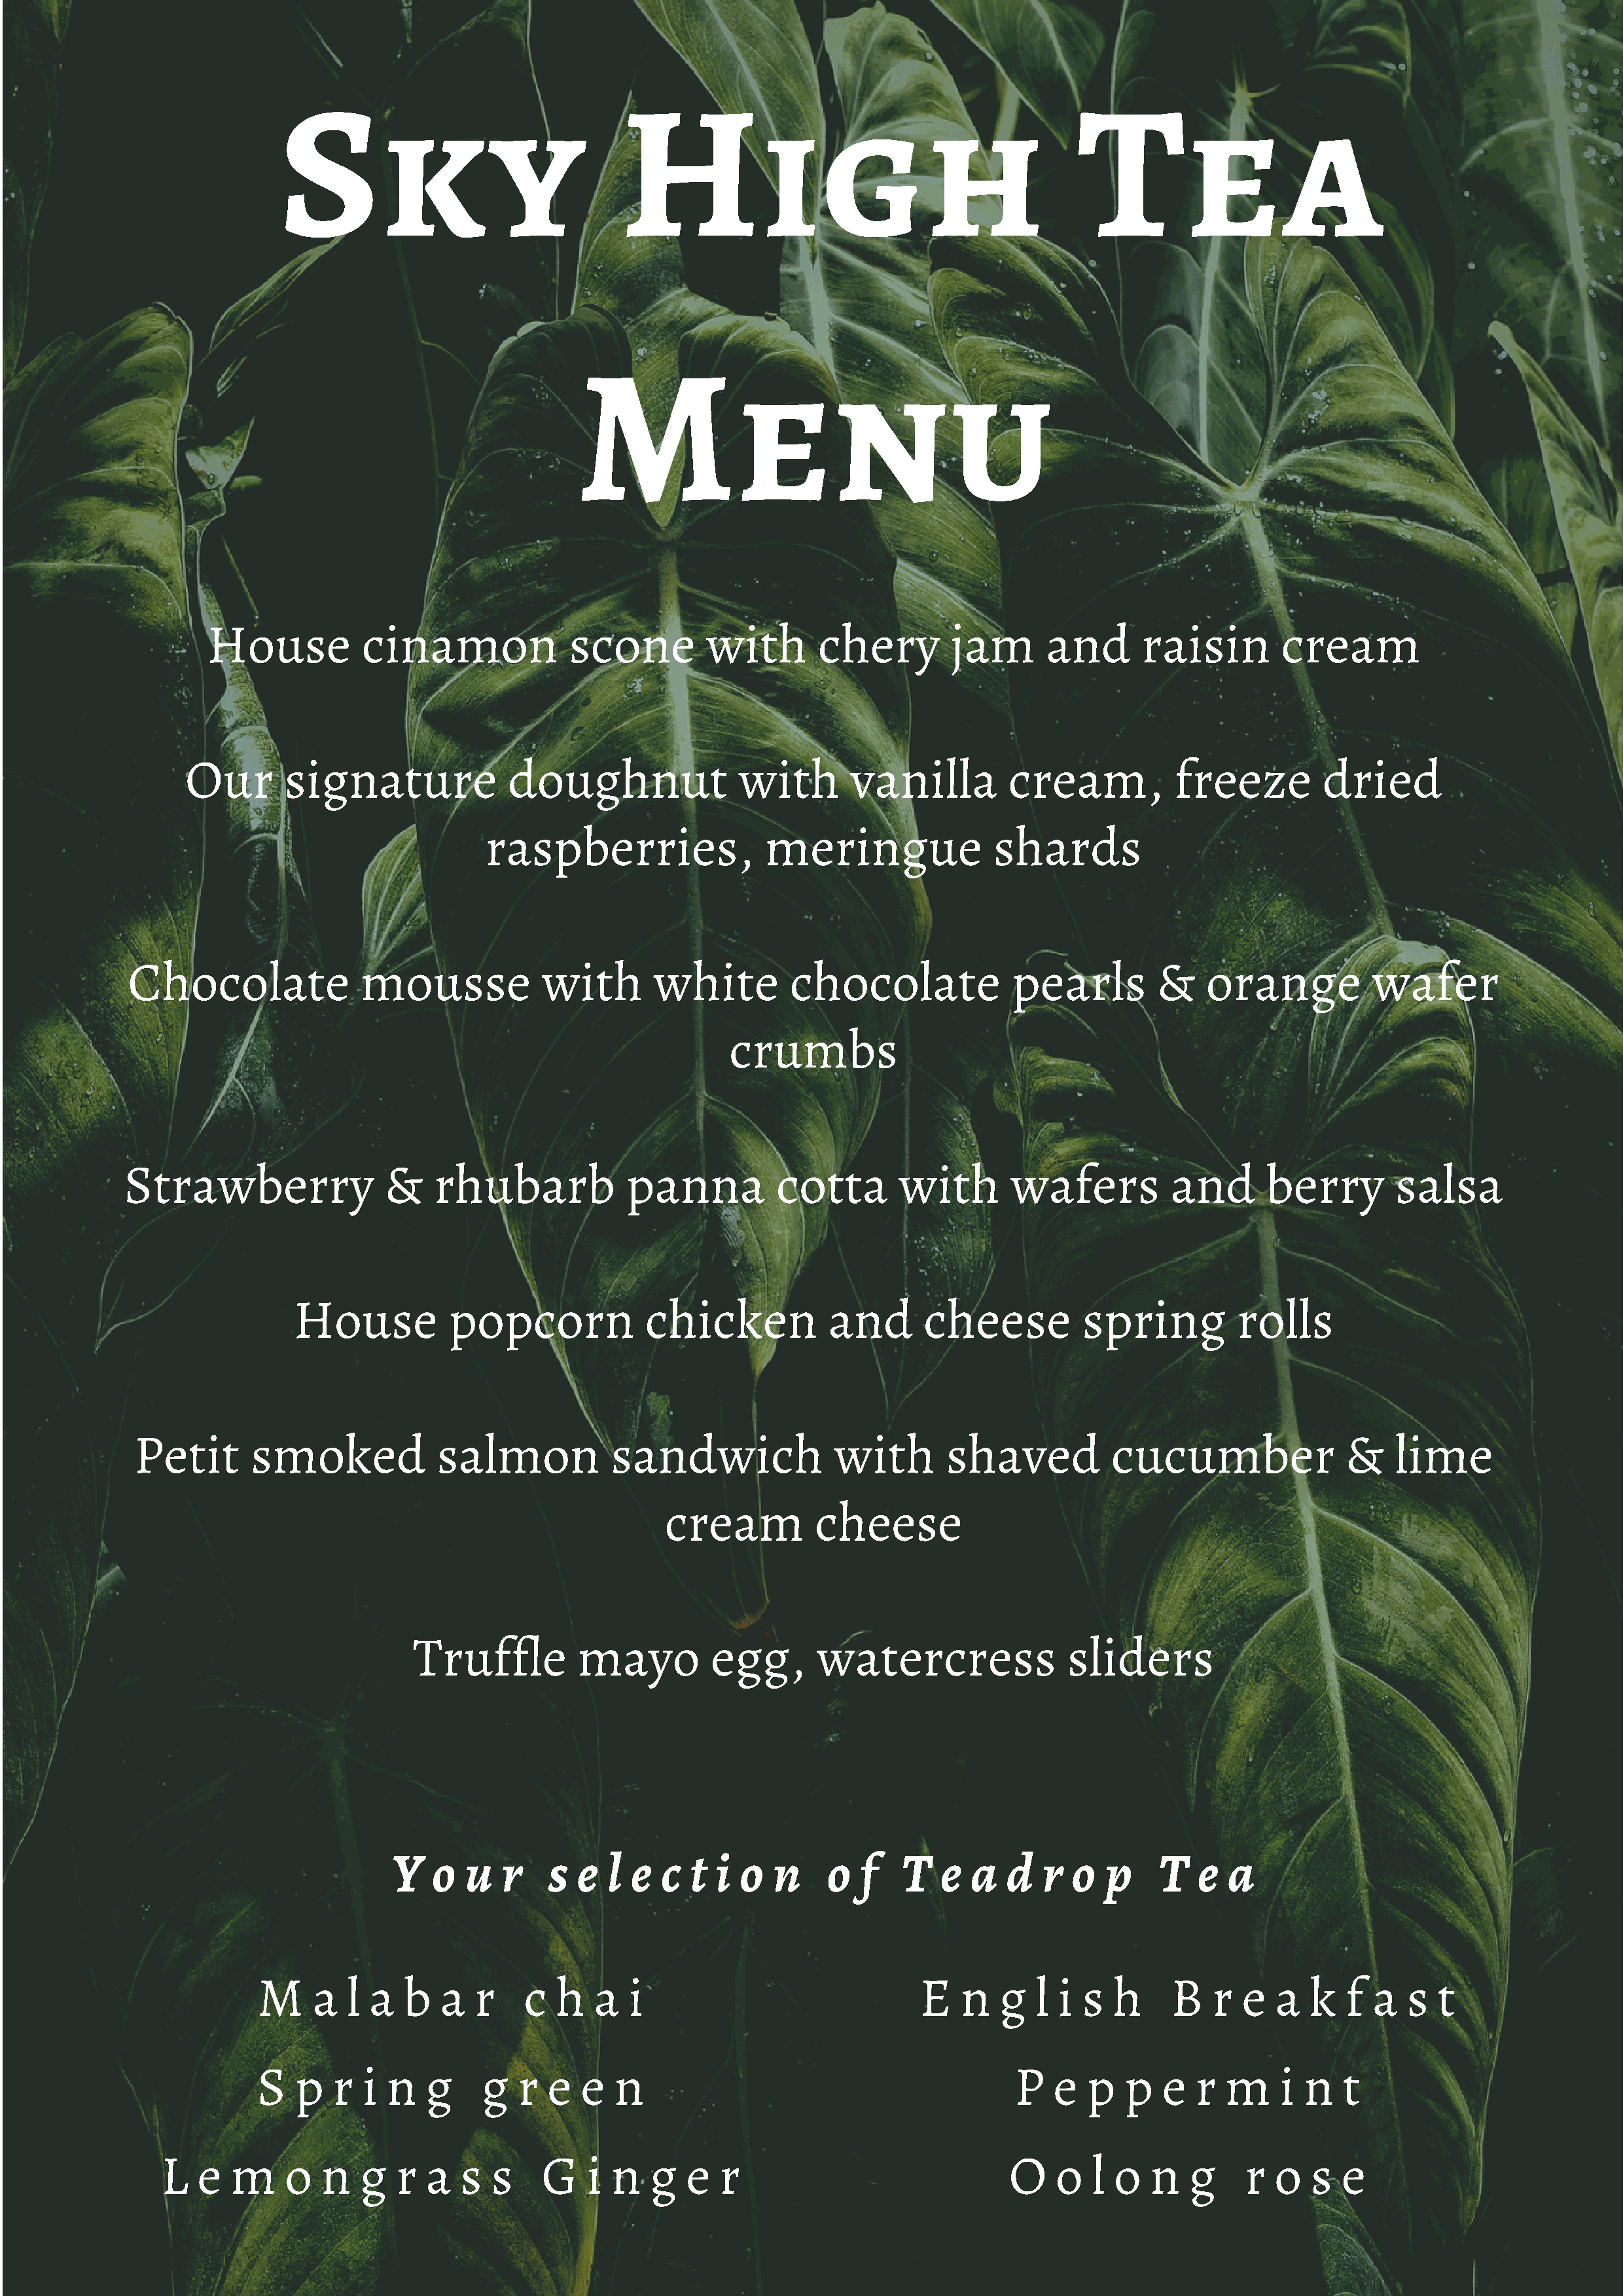
Sky                                High                                          Tea
 Menu
 House           cinamon              scone        with        chery        jam       and      raisin         cream
 Our       signature             doughnut                with       vanilla         cream,           freeze         dried
 raspberries,                meringue               shards
 Chocolate              mousse             with       white         chocolate             pearls         &    orange           wafer
 crumbs
 Strawberry                &    rhubarb            panna           cotta       with       wafers          and       berry        salsa
 House          popcorn             chicken            and      cheese          spring          rolls
 Petit      smoked             salmon            sandwich              with        shaved          cucumber                &    lime
 cream          cheese
 Truffle         mayo          egg,       watercress               sliders
 Y   o  u   r   s  e  l  e  c  t i  o  n     o  f   T   e  a   d  r  o   p    T   e  a
 M     a  l a   b   a  r    c  h   a   i                            E   n   g   l i s   h    B    r  e  a  k   f  a  s  t
 S   p   r  i n   g     g  r  e   e  n                                        P   e  p   p   e  r  m    i  n   t
 L   e  m     o  n   g   r  a   s  s    G   i  n   g  e   r                            O    o  l  o  n   g     r  o   s  e